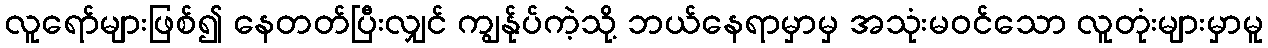
လူရော်များဖြစ်၍ နေတတ်ပြီးလျှင် ကျွန်ုပ်ကဲ့သို့ ဘယ်နေရာမှာမှ အသုံးမဝင်သော လူတုံးများမှာမူ